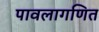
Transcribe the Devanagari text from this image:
पावलागणित